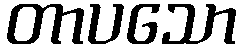
တာပသော